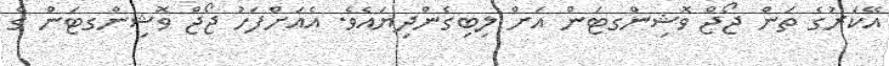
އޭކަރުގެ ތަން ޖޯޖް ވޮޝިންގޓަން އަށް ލިބިގެންދިޔައެވެ. އެއަށްފަހު ޖޯޖް ވޮޝިންގޓަން ގެ